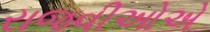
રાજવીઓએ